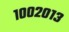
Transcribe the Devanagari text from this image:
१००२०१३